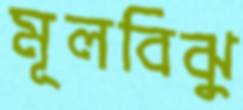
মূলবিঝু